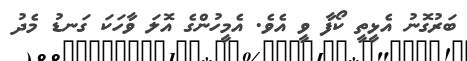
ބަރުގޮނު އެޅީތީ ކޯފާ ވީ އެވެ. އެމީހުންގެ އޮލަ ވާހަކަ ގަނޑު މެދު